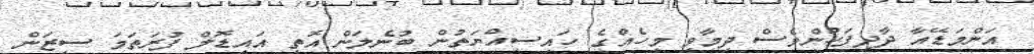
އަންމަޑޭއާ ދާދިފަހުންވެސް ދިމާވި މީހެއްގެ ހައިސިއްޔަތުން ބުނެލަން އޮތީ އައިޑޮލް ފުރަތަމަ ސީޒަން